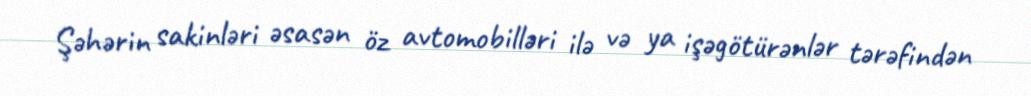
Şəhərin sakinləri əsasən öz avtomobilləri ilə və ya işəgötürənlər tərəfindən